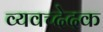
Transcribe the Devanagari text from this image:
व्यवच्देदक